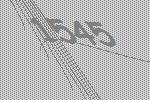
1545